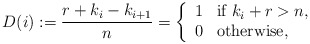
\begin{align*}D(i):=\frac{r+k_i - k_{i+1}}{n}=\left\{\begin{array}{ll}1 & \mbox{if } k_i+r>n, \\0 & \mbox{otherwise},\end{array}\right.\end{align*}